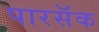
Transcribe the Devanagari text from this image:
पारसॅक